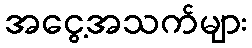
အငွေ့အသက်များ